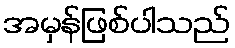
အမှန်ဖြစ်ပါသည်